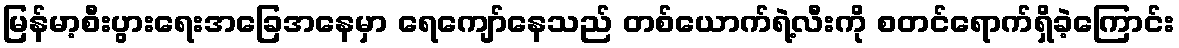
မြန်မာ့စီးပွားရေးအခြေအနေမှာ ရေကျော်နေသည် တစ်ယောက်ရဲ့လီးကို စတင်ရောက်ရှိခဲ့ကြောင်း